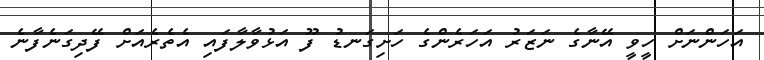
އަހަންނަށް ހީވީ އޭނާގެ ނަޒަރު އަހަރެންގެ ހަށިގަނޑު ފޫ އަޅުވާލާފައި އެތެރެއަށް ފޭދިގަނެފާނެ